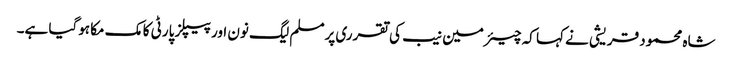
شاہ محمود قریشی نے کہا کہ چیئرمین نیب کی تقرری پرمسلم لیگ نون اور پیپلز پارٹی کا مک مکا ہوگیا ہے۔